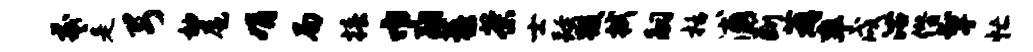
羲是弓袖扈娟局椿巾翮藜茶士跨毁拭嗣栝浦断薜率戌沽僭掣忙